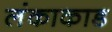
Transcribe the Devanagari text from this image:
लंकाकाड